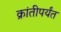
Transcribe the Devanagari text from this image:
क्रांतीपर्यंत